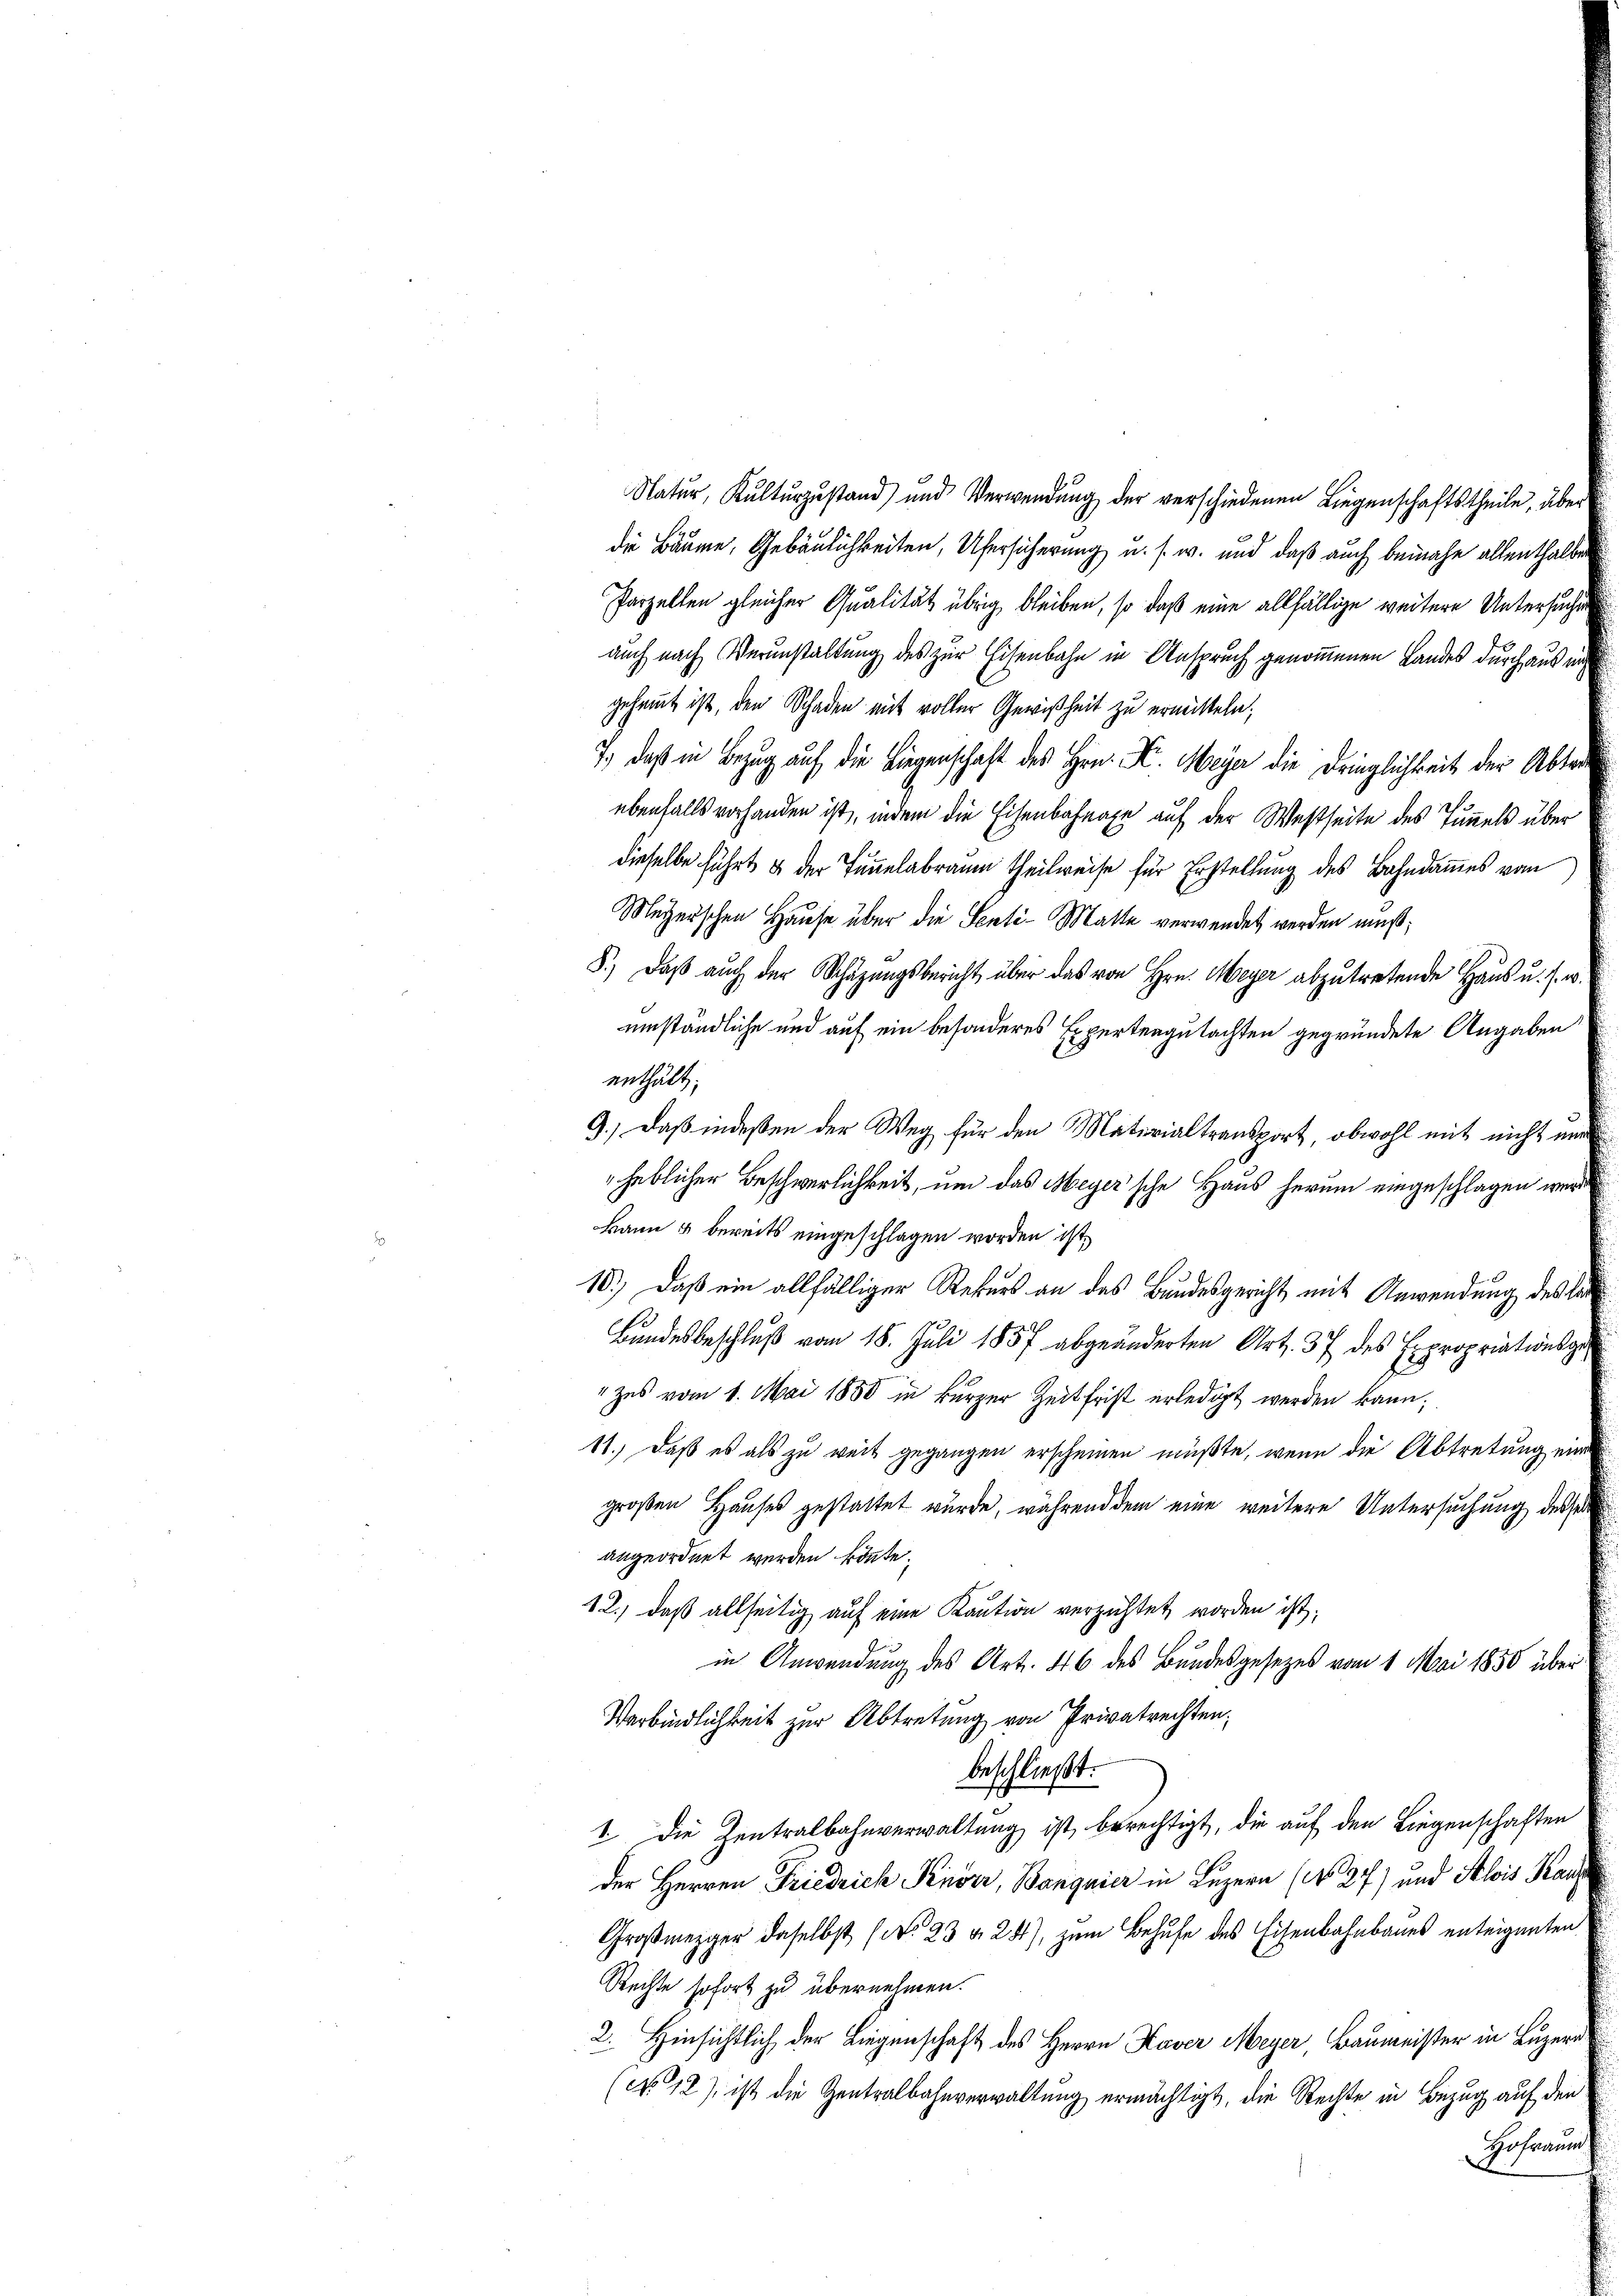
die Bäume, Gebäulichkeiten, Ufersicherung u. s. w. und daß auch beinahe allenthalbe
Parzelten gleicher Qualität übrig bleiben, so daß eine allfällige weitere Untersuchauch nach Veranstaltung des zur Eisenbahn in Anspruch genommenen Landes durch ausgehemmt ist, den Schaden mit voller Gewißheit zu ermitteln;
7, daß in Bezug auf die Liegenschaft des Hrn. K. Meyer die Dringlichkeit der Abtr
ebenfalls vorhanden ist, indem die Eisenbahnahe auf der Westseite des Tunnels über
dieselbe führt & der Teuelabrum theilweise für Erstellung des Bahndammes vom
Meyerschen Hause über die Senti- Matte verwendet werden muß;
F.) Daß auch der Schüzungsbericht über das von Hrn. Meyer abzutretende Haus u. s.
umständliche und auf ein besonderes Expertengutachten gegründete Angaben
enthält:
9.) Daß indeßen der Weg für den Materialtransport, obwohl mit nicht in
heblicher Beschwerlichkeit, um das Meyer’sche Haus herum eingeschlagen werkann 5 bereits eingeschlagen worden ist,
10.) Daß ein allfälliger Rekurs an des Bundesgericht mit Anwendung des L.
Bundesbeschluß vom 18. Juli 1857 abgeänderten Art. 37 des Expropriationsg
"zes vom 1. Mai 1880 in kurzer Zeitfrist erledigt werden kann,
11.) Daß es als zu weit gegangen erscheinen müßte, wenn die Abtretung ein
großen Hauses gestattet wurde, während dem eine weitere Untersuchung desse
angeordnet werden könnte.
12.) daß allseitig auf eine Kaution verzichtet worden ist;
in Anwendung des Art. 46 des Bundesgesezes vom 1. Mai 1850 über
Verbindlichkeit zur Abtretung von Privatrechten.
beschließt:
1. Die Zentralbahnverwaltung ist berechtigt, die auf den Liegenschaften
der Herren Friedrich Pender, Banquier in Luzern (No 27) und Alois Kan
Großmezger daselbst (N. 23 § 281), zum Behufe des Eisenbahnbaues enteigneten
Rechte sofort zu übernehmen.
2. Hinsichtlich der Liegenschaft des Herrn Kaver Meyer Baumeister in Luzer
(No. 12), ist die Zentralbahnverwaltung ermächtigt, die Rechte in Bezug auf den
Hofmann

Natur, Kulturzustand und Verwendŭng der verschiedenen Liegenschaftstheile, über